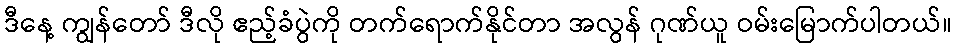
ဒီနေ့ ကျွန်တော် ဒီလို ဧည့်ခံပွဲကို တက်ရောက်နိုင်တာ အလွန် ဂုဏ်ယူ ဝမ်းမြောက်ပါတယ်။